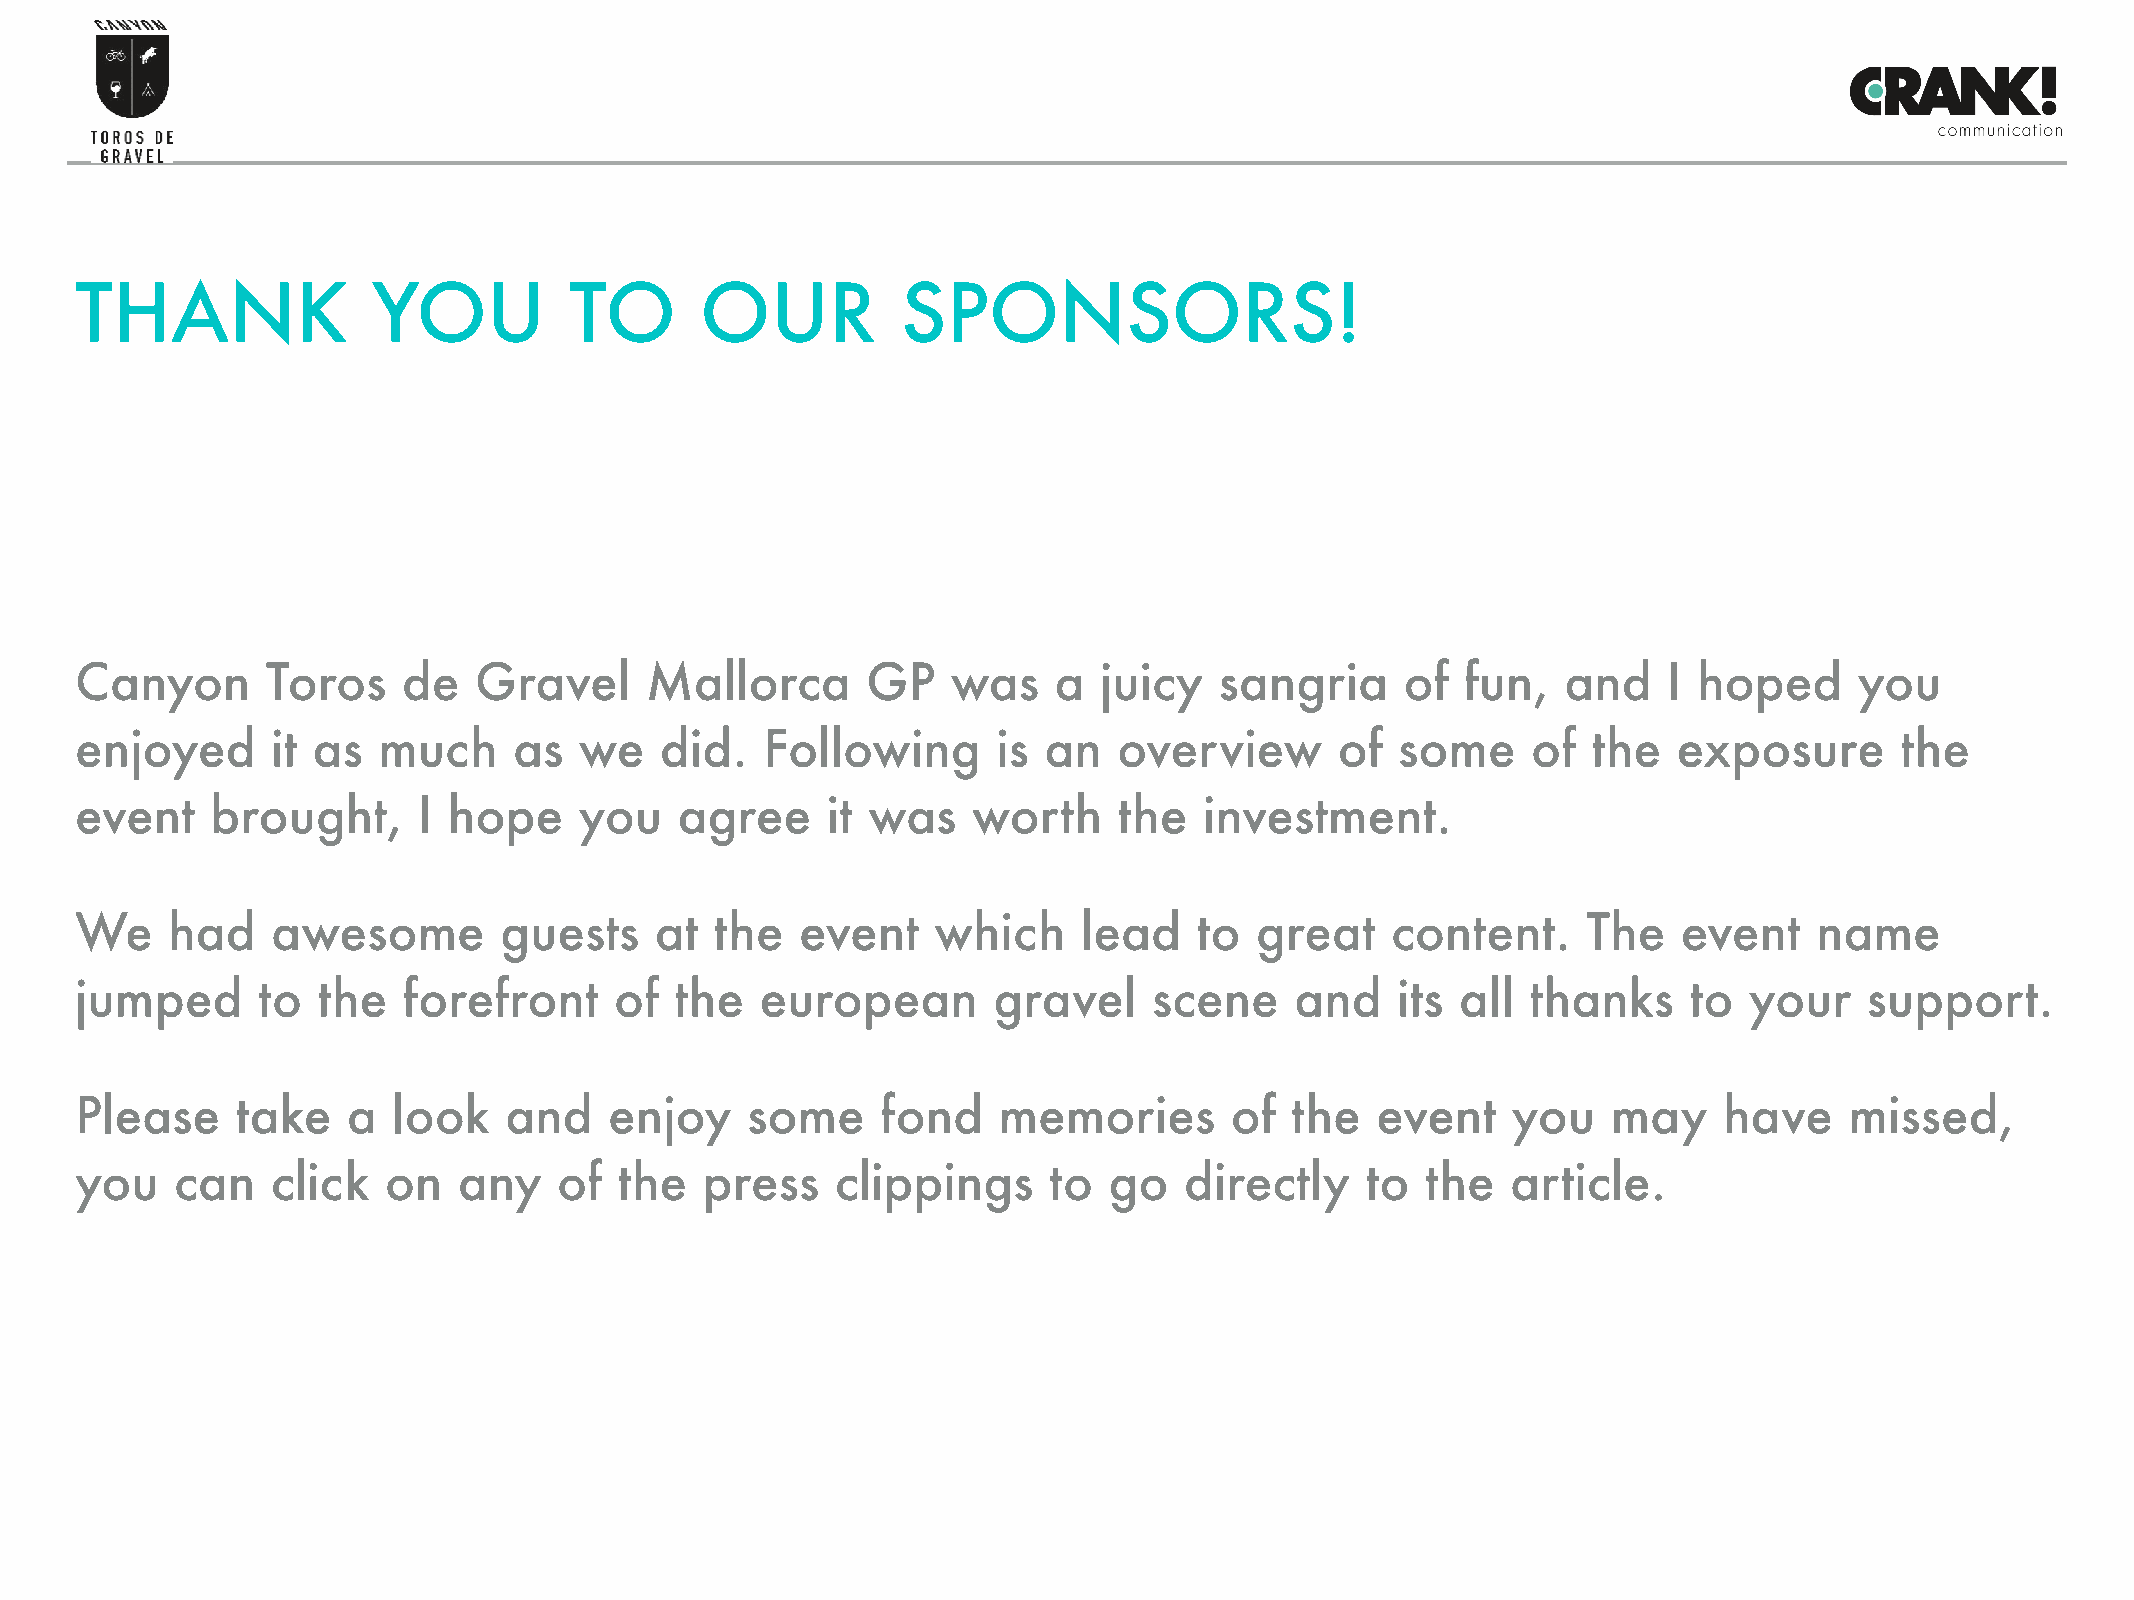
THANK               YOU          TO      OUR           SPONSORS!
 Canyon       Toros    de  Gravel      Mallorca      GP    was    a  juicy   sangria     of  fun,   and   I hoped      you
 enjoyed      it as  much     as  we    did.   Following      is an   overview       of  some    of  the   exposure       the
 event    brought,      I hope    you    agree     it was   worth     the   investment.
 We    had    awesome        guests    at  the   event    which     lead   to  great    content.     The   event    name
 jumped      to  the   forefront     of  the  european        gravel    scene     and   its  all thanks     to  your    support.
 Please     take   a  look   and    enjoy    some     fond    memories       of  the   event    you    may    have    missed,
 you    can   click  on   any    of  the   press   clippings     to  go   directly    to  the   article.